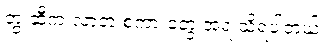
တွ ဆီက လာတဲ့ စကားတွေ အရ သိရပါတယ်။